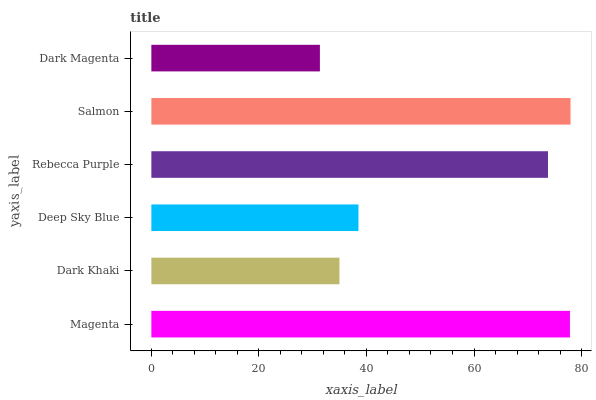
| yaxis_label | bars |
 | --- | --- |
 | Magenta | 77.8 |
 | Dark Khaki | 35 |
 | Deep Sky Blue | 38.5 |
 | Rebecca Purple | 73.8 |
 | Salmon | 78 |
 | Dark Magenta | 31.3 |